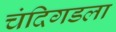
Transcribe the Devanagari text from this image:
चंदिगडला